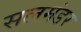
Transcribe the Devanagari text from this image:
सलमंडर